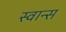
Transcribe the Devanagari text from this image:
स्वान्स